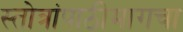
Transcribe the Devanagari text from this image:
स्तोत्रांपाठीमागचा